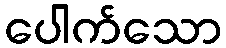
ပေါက်သော